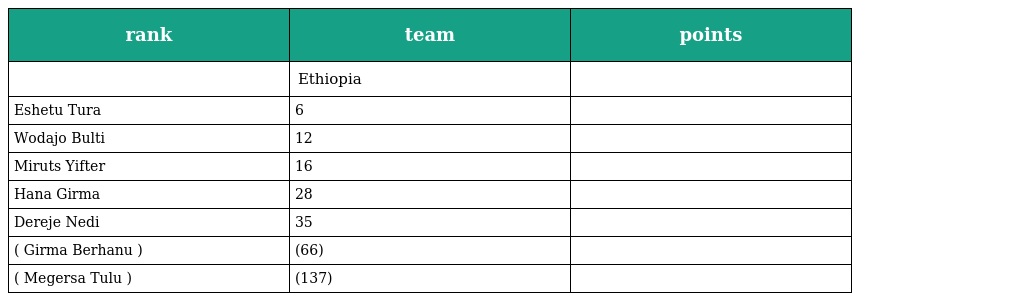
| rank | team | points |
 | --- | --- | --- |
 |  | Ethiopia |  |
 | Eshetu Tura | 6 |  |
 | Wodajo Bulti | 12 |  |
 | Miruts Yifter | 16 |  |
 | Hana Girma | 28 |  |
 | Dereje Nedi | 35 |  |
 | ( Girma Berhanu ) | (66) |  |
 | ( Megersa Tulu ) | (137) |  |